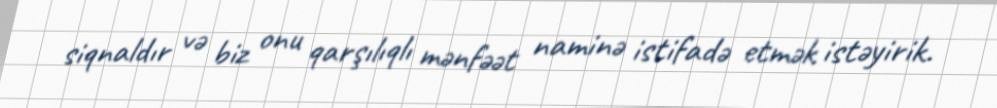
siqnaldır və biz onu qarşılıqlı mənfəət naminə istifadə etmək istəyirik.